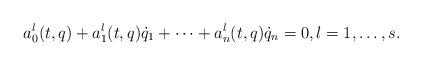
LaTeX: \begin{align*}a_0^l(t,q)+a_1^l(t,q)\dot q_1+\dots+a_n^l(t,q)\dot q_n=0, l=1,\dots,s.\end{align*}